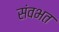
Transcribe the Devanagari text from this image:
संवभत